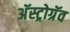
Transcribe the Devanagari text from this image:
अॅस्ट्रोग्रॅव